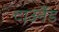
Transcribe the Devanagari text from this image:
टाउनेंड